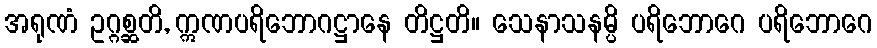
အရုဏံ ဥဂ္ဂစ္ဆတိ, ဣဏပရိဘောဂဋ္ဌာနေ တိဋ္ဌတိ။ သေနာသနမ္ပိ ပရိဘောဂေ ပရိဘောဂေ